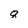
Character: 8